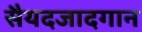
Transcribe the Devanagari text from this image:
सैयदजादगान